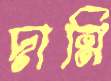
দান্নি